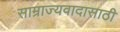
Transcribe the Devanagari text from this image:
साम्राज्यवादासाठी